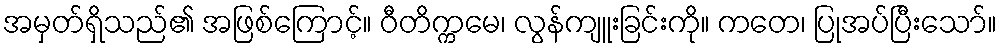
အမှတ်ရှိသည်၏ အဖြစ်ကြောင့်။ ဝီတိက္ကမေ၊ လွန်ကျူးခြင်းကို။ ကတေ၊ ပြုအပ်ပြီးသော်။